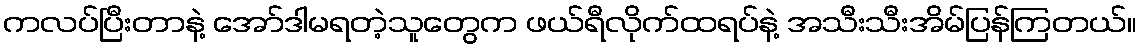
ကလပ်ပြီးတာနဲ့ အော်ဒါမရတဲ့သူတွေက ဖယ်ရီလိုက်ထရပ်နဲ့ အသီးသီးအိမ်ပြန်ကြတယ်။